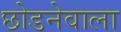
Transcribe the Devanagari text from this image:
छोडनेवाला